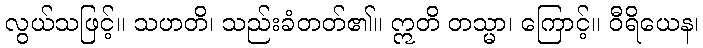
လွယ်သဖြင့်။ သဟတိ၊ သည်းခံတတ်၏။ ဣတိ တသ္မာ၊ ကြောင့်။ ဝီရိယေန၊